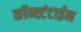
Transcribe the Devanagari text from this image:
कॉन्स्टंटाईन